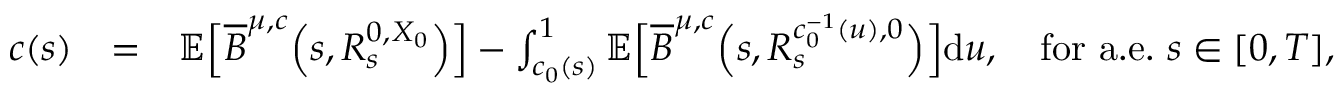
\begin{array} { r l r } { c ( s ) } & { = } & { \mathbb { E } \Big [ \overline { { B } } ^ { \mu , c } \Big ( s , R _ { s } ^ { 0 , X _ { 0 } } \Big ) \Big ] - \int _ { c _ { 0 } ( s ) } ^ { 1 } \mathbb { E } \Big [ \overline { { B } } ^ { \mu , c } \Big ( s , R _ { s } ^ { c _ { 0 } ^ { - 1 } ( u ) , 0 } \Big ) \Big ] \mathrm { d } u , \quad \mathrm { f o r ~ a . e . } ~ s \in [ 0 , T ] , } \end{array}